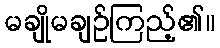
မချိုမချဉ်ကြည့်၏။